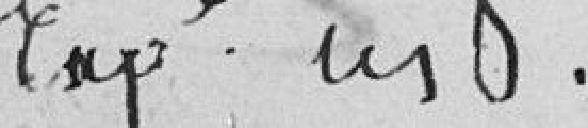
expé. m8.